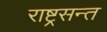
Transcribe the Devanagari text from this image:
राष्ट्रसन्त